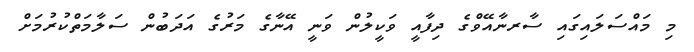
މި މައްސަލައިގައި ސާރނާއޭވްގެ ދިފާއީ ވަކީލުން ވަނީ އޭނާގެ މަރުގެ އަދަބުން ސަލާމަތްކުރުމަށް